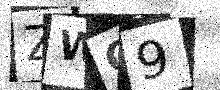
Text: ZWO9